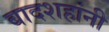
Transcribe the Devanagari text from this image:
बादशहांनी